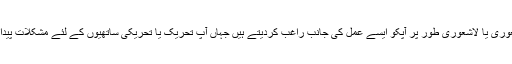
لیکن پھر ایسے عوامل شعوری یا لاشعوری طور پر آپکو ایسے عمل کی جانب راغب کردیتے ہیں جہاں آپ تحریک یا تحریکی ساتھیوں کے لئے مشکلات پیدا کرنے کا سبب بنتے ہیں۔